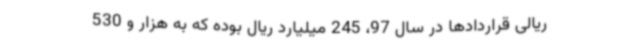
ریالی قراردادها در سال 97، 245 میلیارد ریال بوده که به هزار و 530